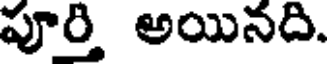
పూర్తి అయినది.